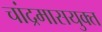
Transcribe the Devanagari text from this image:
चांद्रमासयुक्त